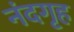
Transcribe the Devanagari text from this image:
नंदगृह